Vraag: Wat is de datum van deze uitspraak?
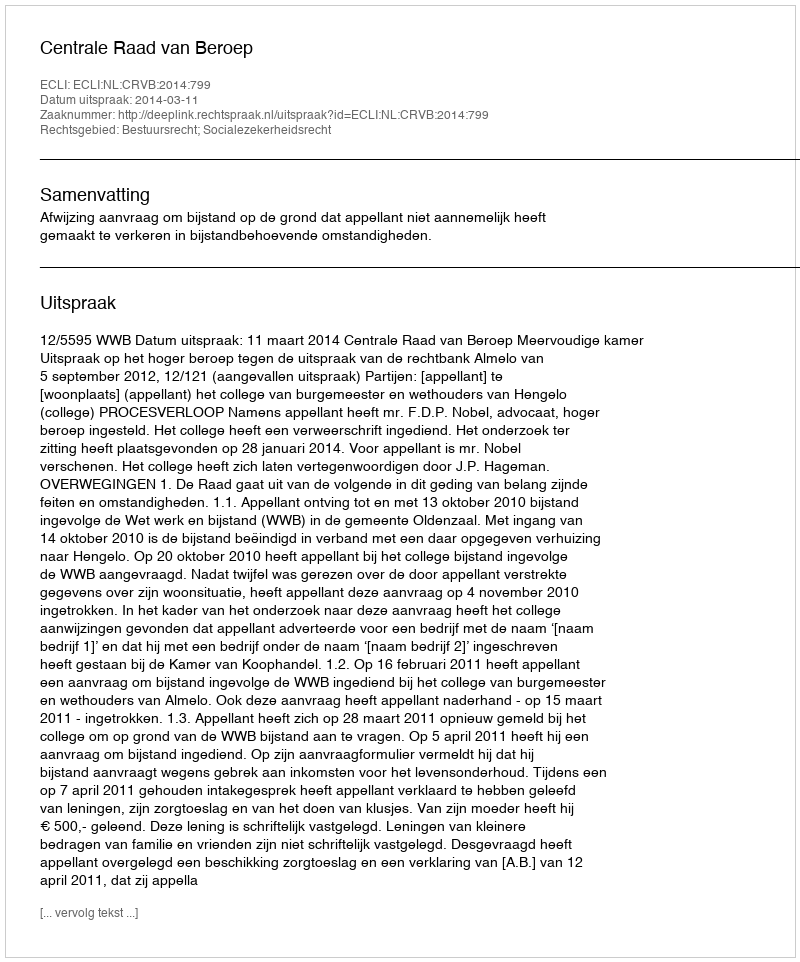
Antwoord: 2014-03-11